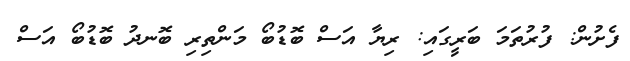
ފެށުން: ފުރުތަމަ ބަރީގައި: ރިޔާ އަސް ބޮޑުބޯ މަންތިރި ބޮނދު ބޮޑުބޯ އަސް